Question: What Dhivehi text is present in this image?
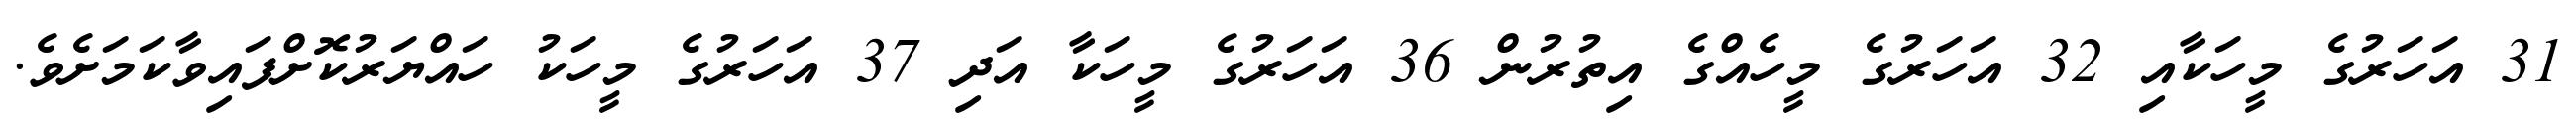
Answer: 31 އަހަރުގެ މީހަކާއި 32 އަހަރުގެ މީހެއްގެ އިތުރުން 36 އަހަރުގެ މީހަކާ އަދި 37 އަހަރުގެ މީހަކު ހައްޔަރުކޮށްފައިވާކަމަށެވެ.